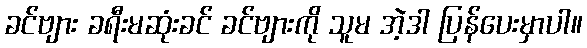
ခင်ဗျား ခရီးမဆုံးခင် ခင်ဗျားကို သူမ အဲ့ဒါ ပြန်ပေးမှာပါ။